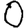
Digit: 0